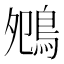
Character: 𪀈